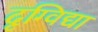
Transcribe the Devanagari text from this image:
दृग्विद्या